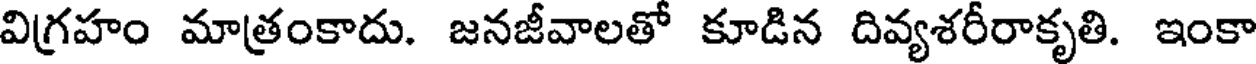
విగ్రహం మాత్రంకాదు. జనజీవాలతో కూడిన దివ్యశరీరాకృతి. ఇంకా